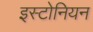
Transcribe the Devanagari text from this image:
इस्टोनियन